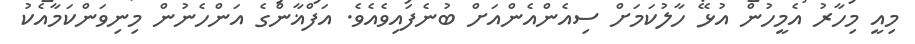
މިއީ މިހާރު އެމީހުން އުޅޭ ހާލުކަމަށް ސިއެންއެންއަށް ބުނެފައިވެއެވެ. އަފްޣާންގެ އަންހެނުން މިނިވަންކަމާއެކު